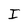
Character: I